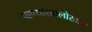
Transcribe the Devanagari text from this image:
पाण्याखालोखाल